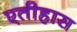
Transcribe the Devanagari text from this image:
एतीहास